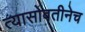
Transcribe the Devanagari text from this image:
त्यासोबतीनेच